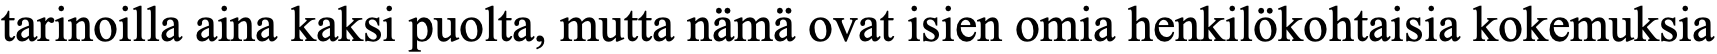
tarinoilla aina kaksi puolta, mutta nämä ovat isien omia henkilökohtaisia kokemuksia